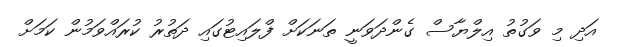
އަދި މި ވަގުތު އިލްޔާސް ގެންދަވަނީ ތަނަކަށް ފްލައިޓުގައި ދަތުރު ކުރައްވަމުން ކަމަށް